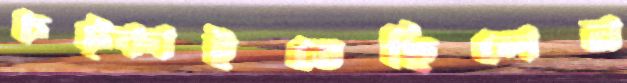
চট্‌কাইতেছিলেন